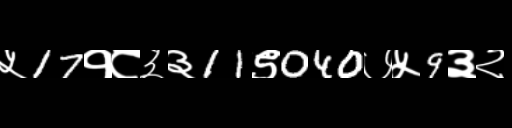
Text: ५17१८३३11९040७५9३२